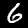
Label: 6